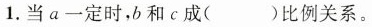
1. 当a一定时，b和c成( )比例关系。